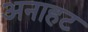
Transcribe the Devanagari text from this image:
अनाहट